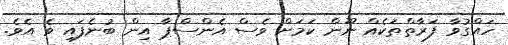
ހައްގުވާ ފަރާތްތަކެއް ނޫން ކަމަށް ވެސް އެންސްޕާ އިން ބުނެފައި ވެ އެވެ.